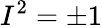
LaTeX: I^{2}=\pm 1